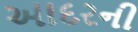
આદરની